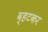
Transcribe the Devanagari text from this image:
व्हटकर